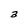
Character: a